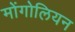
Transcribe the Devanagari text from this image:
मोंगोलियन